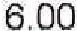
6.00